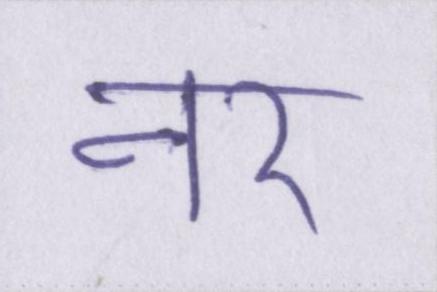
नर